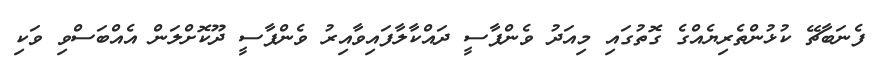
ފެނަބާޗޭ ކުޅުންތެރިޔެއްގެ ގޮތުގައި މިއަދު ވެންޕާސީ ދައްކާލާފައިވާއިރު ވެންޕާސީ ދޫކޮށްލަން އެއްބަސްވި ވަކި